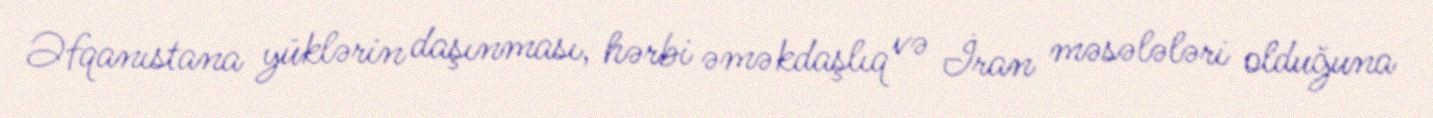
Əfqanıstana yüklərin daşınması, hərbi əməkdaşlıq və İran məsələləri olduğuna